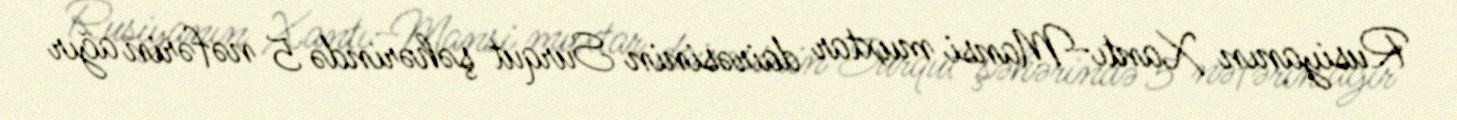
Rusiyanın Xantı-Mansi muxtar dairəsinin Surqut şəhərində 5 nəfərin ağır